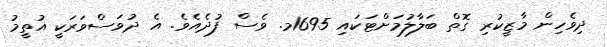
ދިވެހިން މާޒީކުރި ގޮތް ބަލާލުމަށްޓަކައި 1695މ. ވެސް ފުދެއެވެ. އެ ދުވަސްވަރަކީ އުތީމު